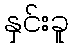
နှင်းခူ